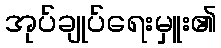
အုပ်ချုပ်ရေးမှူး၏